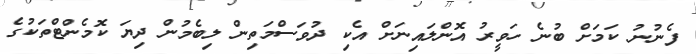
ފެނުނު ކަމަށް ބުނެ ހަވީރު އޮންލައިނަށް އެކި ދުވަސްމަތިން ލިބެމުން ދިޔަ ކޮމެންޓްތަކުގެ